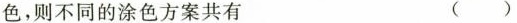
色，则不同的涂色方案共有 ()